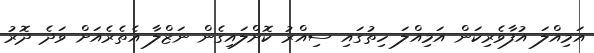
އަމިއްލަ އުފާވެރިކަން އަމިއްލަ ހިތުގައި ސިއްރު ކޮށްލައިގެން ނަޒްލާ އެތެރެއަށް ވަދެ ދޮރު